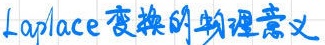
Laplace变换的物理意义